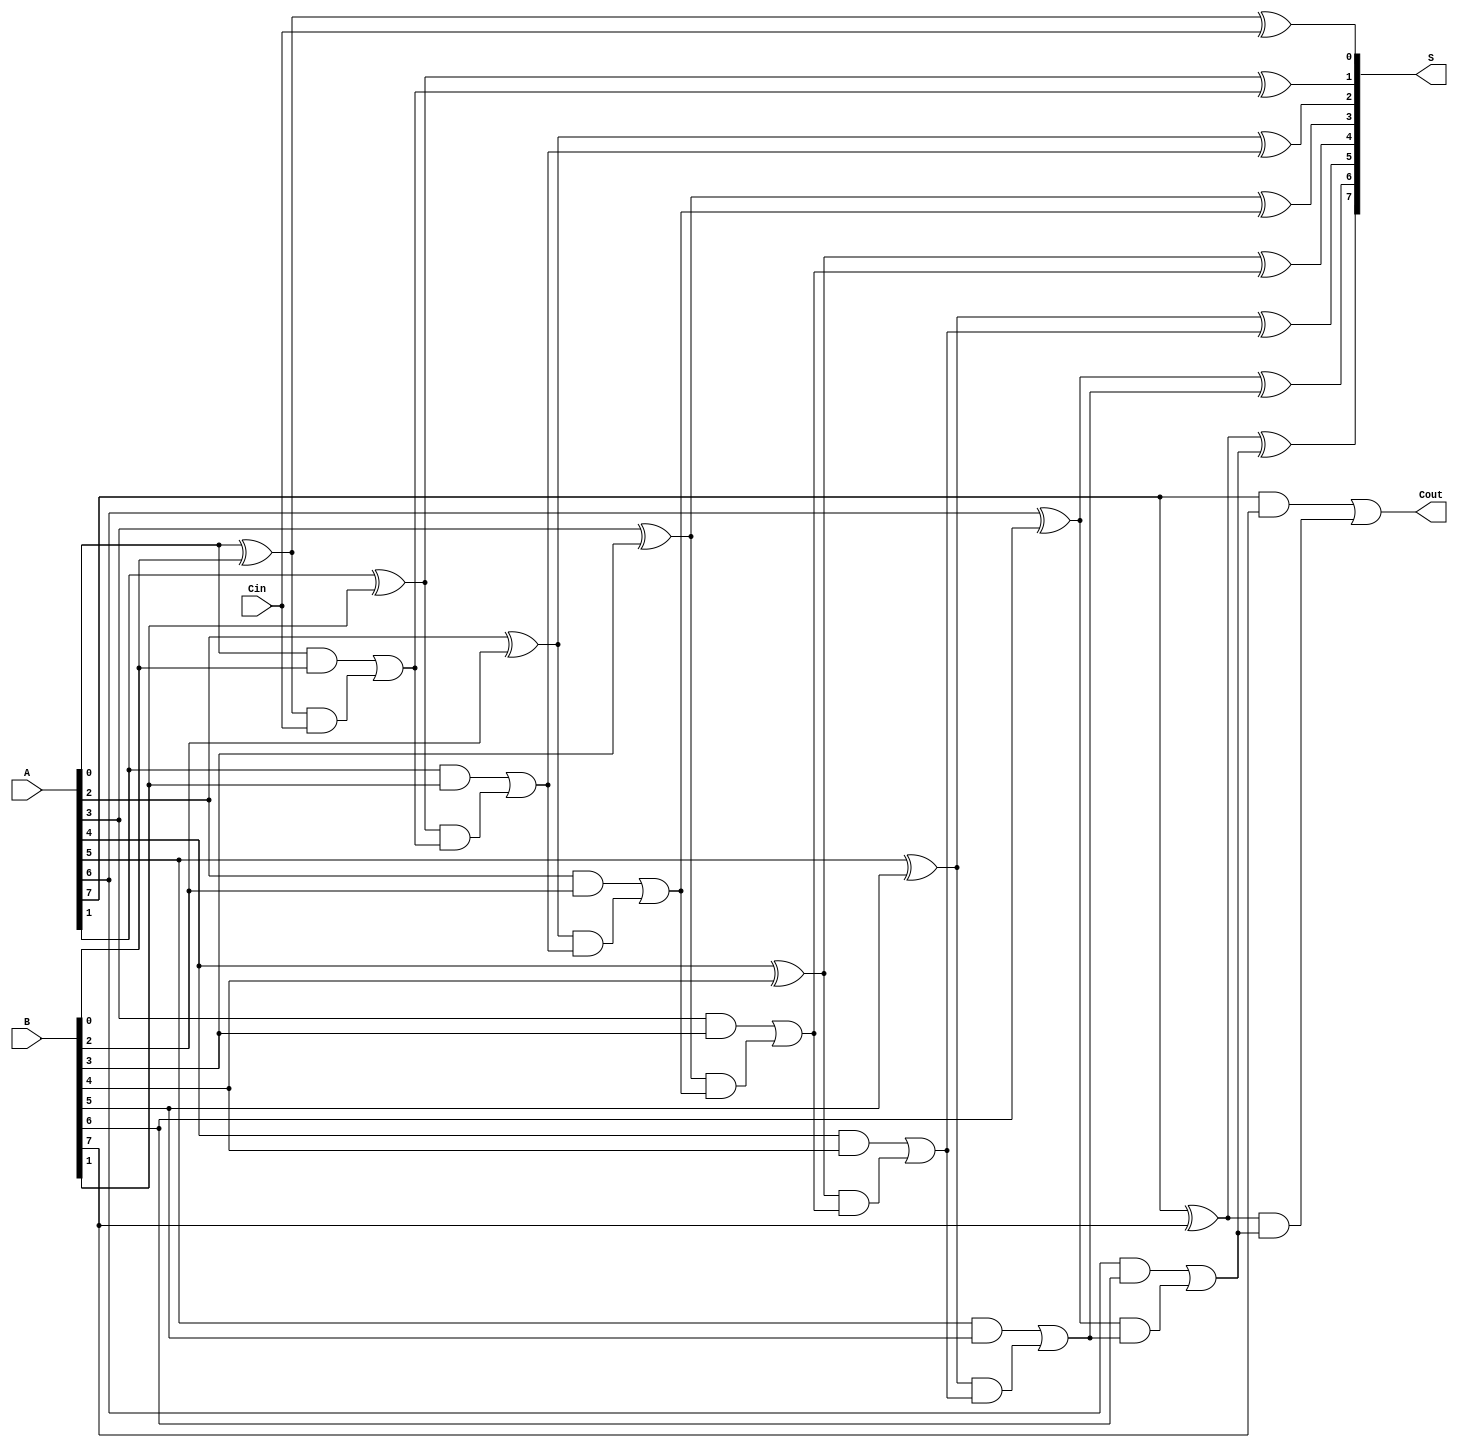
module ManchesterCarryChainAdder #(
    parameter WIDTH = 8 // Parameter for bit-width
)(
    input  wire [WIDTH-1:0] A,   // First operand
    input  wire [WIDTH-1:0] B,   // Second operand
    input  wire Cin,              // Carry-in
    output wire [WIDTH-1:0] S,    // Sum output
    output wire Cout              // Carry-out
);

    // Internal wires for carry generation
    wire [WIDTH:0] carry; // Extra bit for carry-out

    // Assign initial carry-in
    assign carry[0] = Cin;

    // Generate carry and sum using full adders
    genvar i;
    generate
        for (i = 0; i < WIDTH; i = i + 1) begin : adder_stage
            wire sum, g, p; // Sum, generate, propagate signals

            // Full adder logic
            assign g = A[i] & B[i]; // Generate
            assign p = A[i] ^ B[i]; // Propagate
            assign sum = p ^ carry[i]; // Sum calculation

            // Carry-out for the next stage
            assign carry[i + 1] = g | (p & carry[i]);

            // Assign sum to output
            assign S[i] = sum;
        end
    endgenerate

    // Final carry-out
    assign Cout = carry[WIDTH];

endmodule